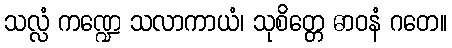
သလ္လံ ကဏ္ဍေ သလာကာယံ၊ သုစိတ္တေ ဓာဝနံ ဂတေ။